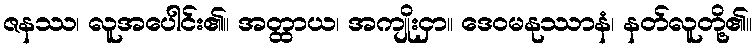
ဇနဿ၊ လူအပေါင်း၏။ အတ္ထာယ၊ အကျိုးငှာ။ ဒေဝမနုဿာနံ၊ နတ်လူတို့၏။